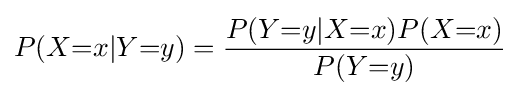
P(X{=}x|Y{=}y)={\frac {P(Y{=}y|X{=}x)P(X{=}x)}{P(Y{=}y)}}